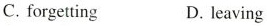
C. forgetting D. leaving